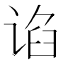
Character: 谄